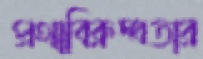
প্রথাবিরুদ্ধতার